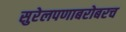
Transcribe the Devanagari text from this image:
सुरेलपणाबरोबरच